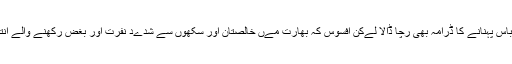
ےہاں تک کہ اپنے پورے پرےوار کو بھارتی لباس پہنانے کا ڈرامہ بھی رچا ڈالا لےکن افسوس کہ بھارت مےں خالصتان اور سکھوں سے شدےد نفرت اور بغض رکھنے والے انتہاپسند اےک انچ بھی سرکنے کو تےار نہ تھے۔